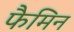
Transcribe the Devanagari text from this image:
फैमिन